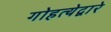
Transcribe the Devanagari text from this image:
गोहत्येद्वारे